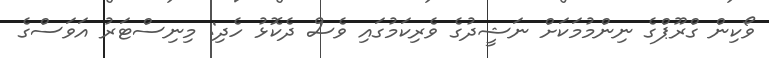
ވޯކިން ގްރޫޕްގެ ނިންމުމަކަށް ނަޝީދުގެ ވެރިކަމުގައި ވެސް ދެކޮޅު ހެދި: މިނިސްޓަރު އަވަސްގެ